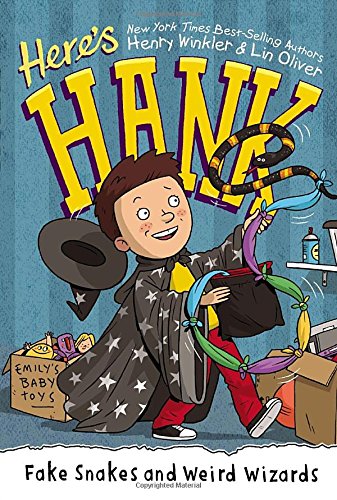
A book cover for Fake Snakes and Weird Wizards #4 (Here's Hank); Henry Winkler; Children's Books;